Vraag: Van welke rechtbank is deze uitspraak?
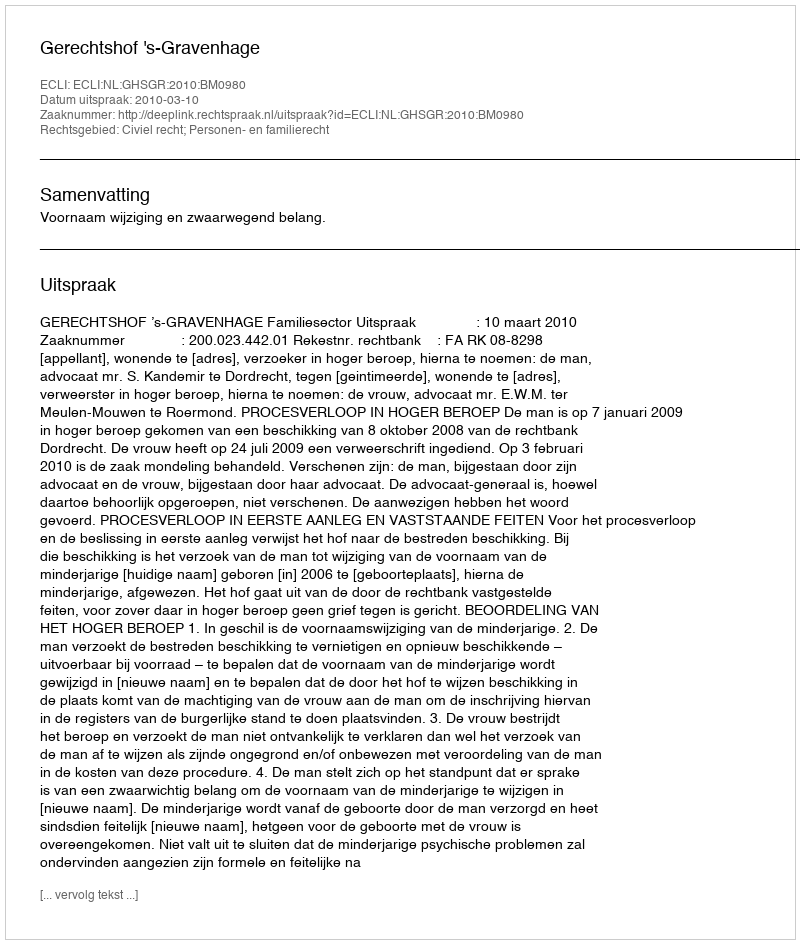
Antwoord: Gerechtshof 's-Gravenhage